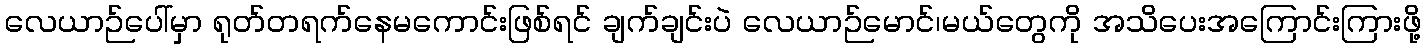
လေယာဉ်ပေါ်မှာ ရုတ်တရက်နေမကောင်းဖြစ်ရင် ချက်ချင်းပဲ လေယာဉ်မောင်၊မယ်တွေကို အသိပေးအကြောင်းကြားဖို့